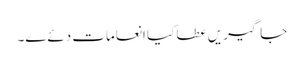
جاگیریں عطا کیا انعامات دئےے۔